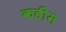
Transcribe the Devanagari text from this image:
कहीम